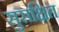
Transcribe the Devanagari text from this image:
सुसक्षित